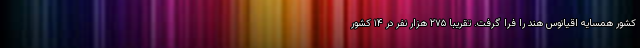
کشور همسایه اقیانوس هند را فرا گرفت. تقریباً ۲۷۵ هزار نفر در ۱۴ کشور